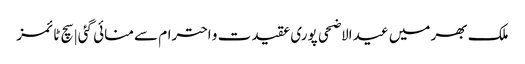
ملک بھر میں عید الاضحی پوری عقیدت و احترام سے منائی گئی | سچ ٹائمز